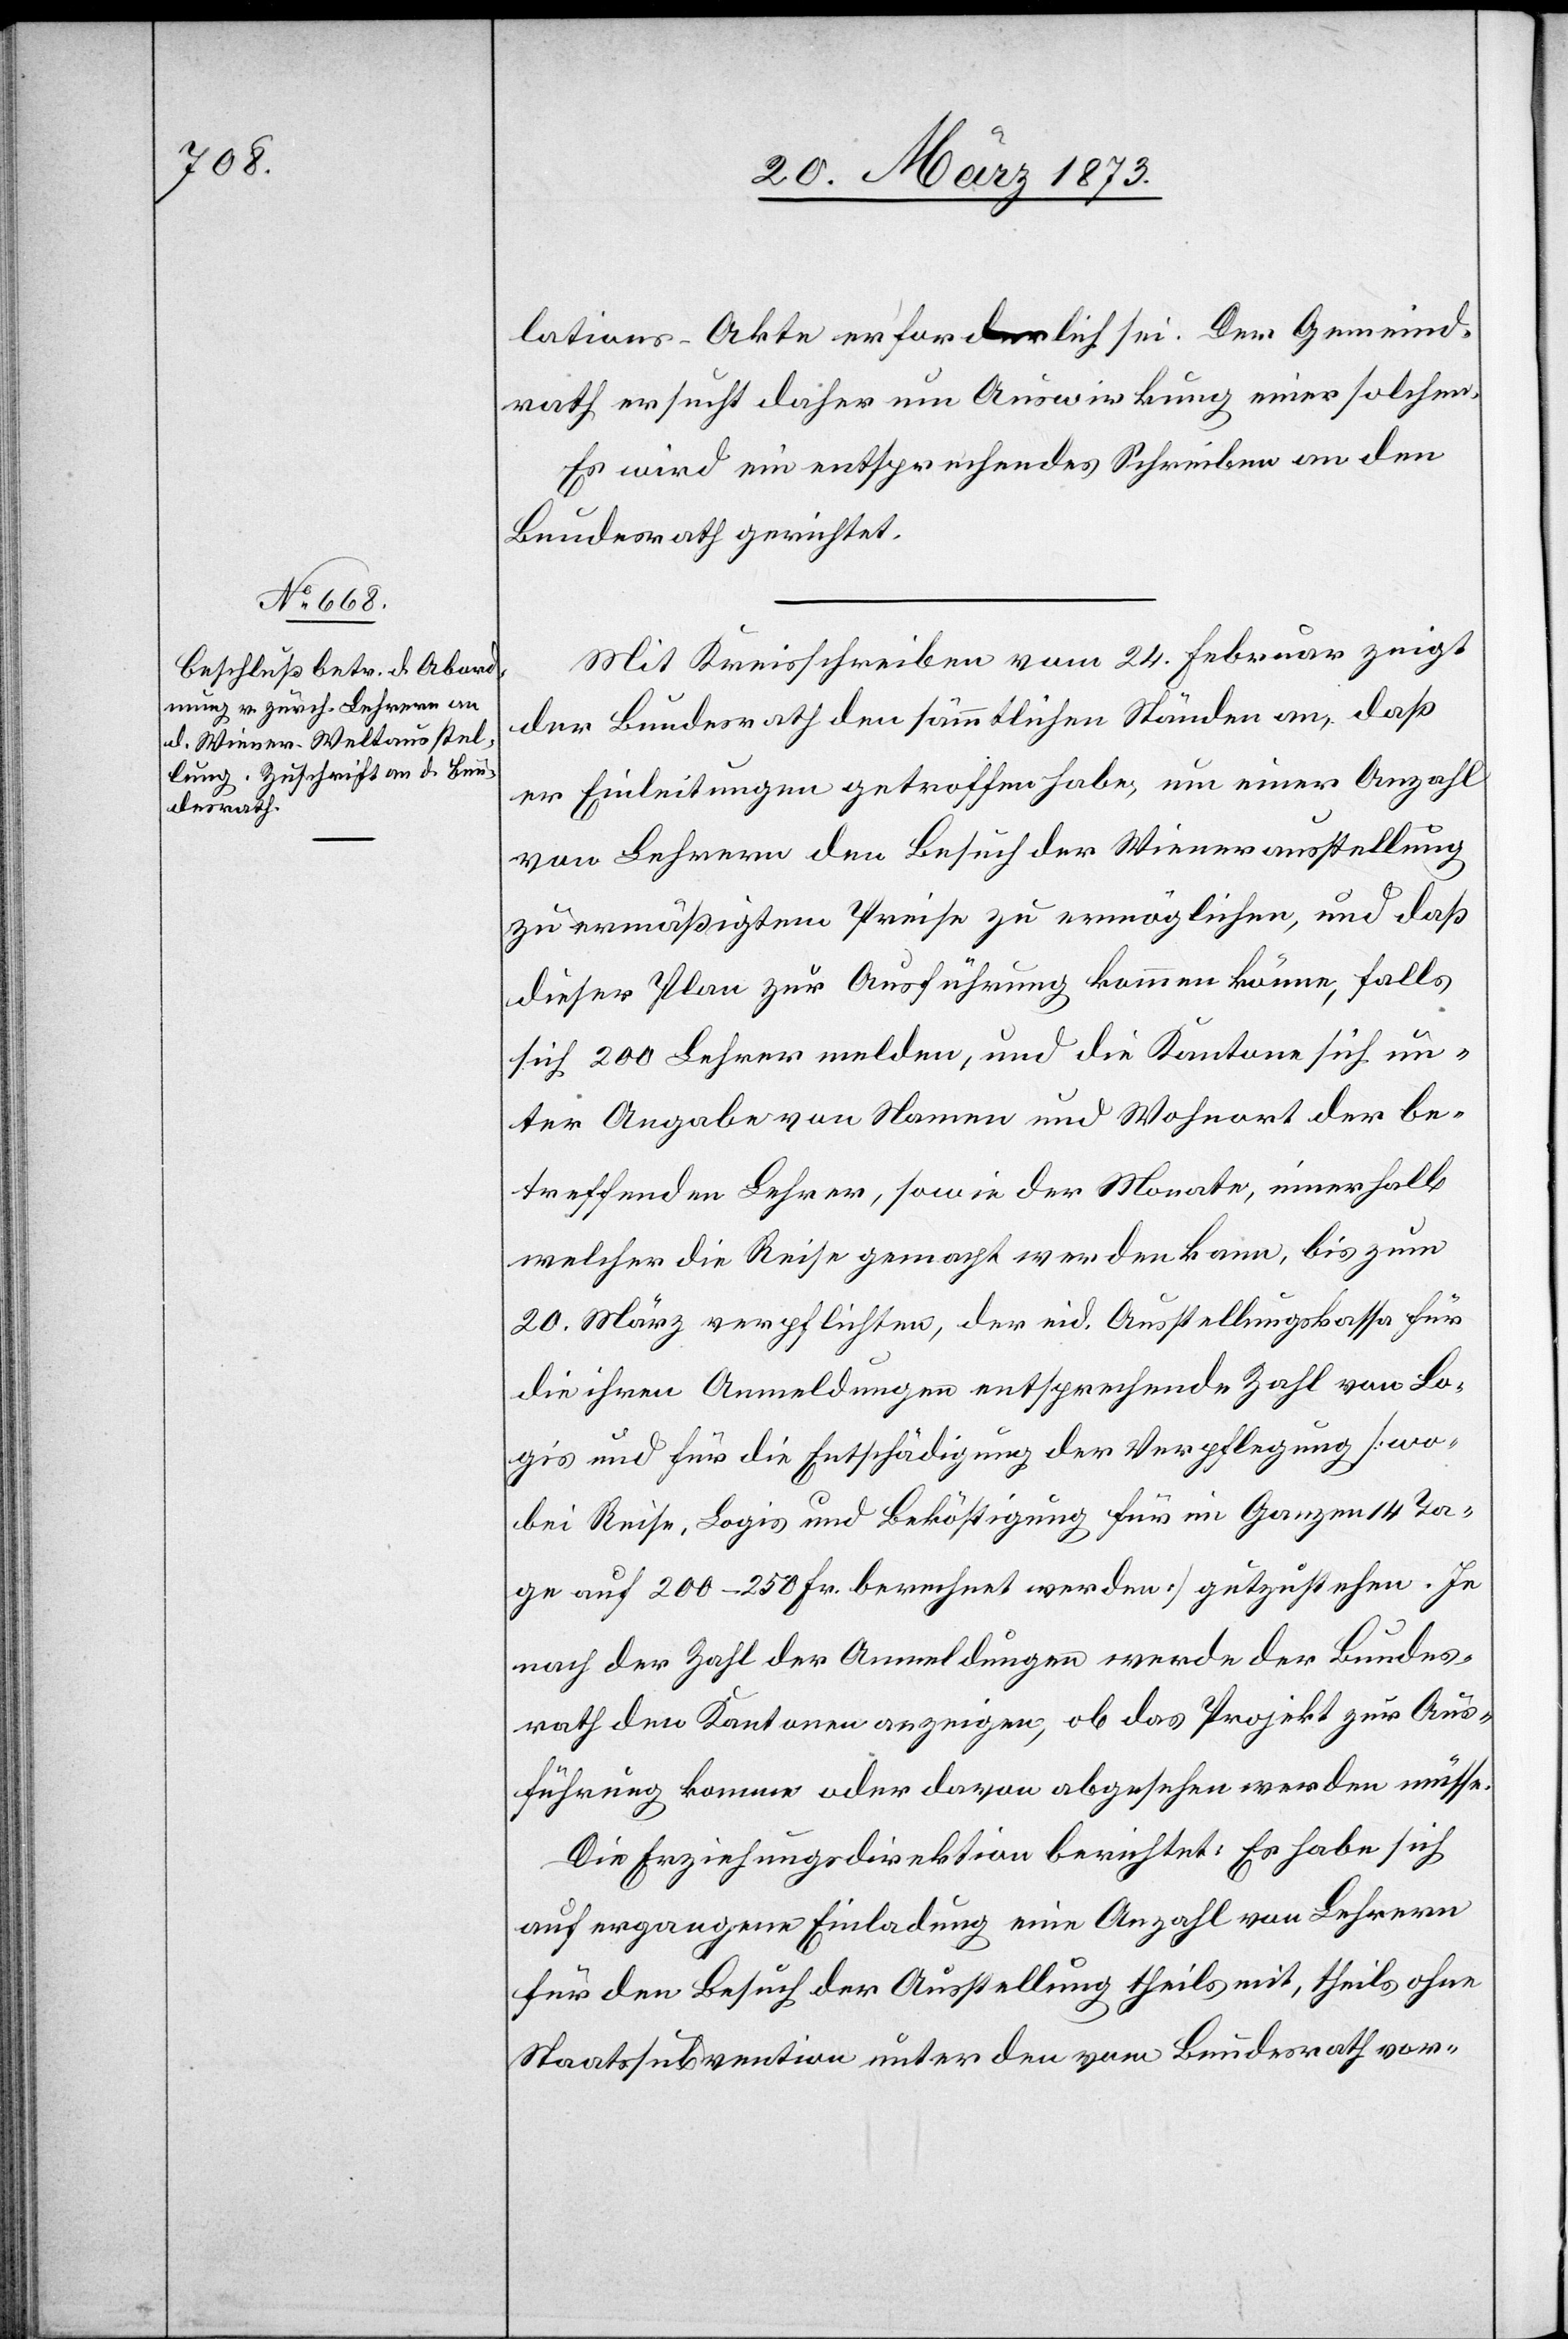
20. März 1873.]
lations-Akte erforderlich sei. Der Gemeind¬
rath ersucht daher um Auswirkung einer solchen.
Es wird ein entsprechendes Schreiben an den
Bundesrath gerichtet.
Mit Kreisschreiben vom 24. Februar zeigt
der Bundesrath den sämmtlichen Ständen an, daß
er Einleitungen getroffen habe, um einer Anzahl
von Lehrern den Besuch der Wienerausstellung
zu ermäßigtem Preise zu ermöglichen, und daß
dieser Plan zur Ausführung kommen könne, falls
sich 200 Lehrer melden, und die Kantone sich un¬
ter Angabe von Namen und Wohnort der be¬
treffenden Lehrer, sowie der Monate, innerhalb
welcher die Reise gemacht werden kann, bis zum
20. März verpflichten, der eid. Ausstellungskassa für
die ihren Anmeldungen entsprechende Zahl von Lo¬
gis und für die Entschädigung der Verpflegung [wo¬
bei Reise, Logis und Beköstigung für im Ganzen 14 Ta¬
ge auf 200–250 Fr. berechnet werden] gutzustehen. Je
nach der Zahl der Anmeldungen werde der Bundes¬
rath den Kantonen anzeigen, ob das Projekt zur Aus¬
führung komme oder davon abgesehen werden müsse.
Die Erziehungsdirektion berichtet: Es habe sich
auf ergangene Einladung eine Anzahl von Lehrern
für den Besuch der Ausstellung theils mit, theils ohne
Staatssubvention unter den vom Bundesrath vor-